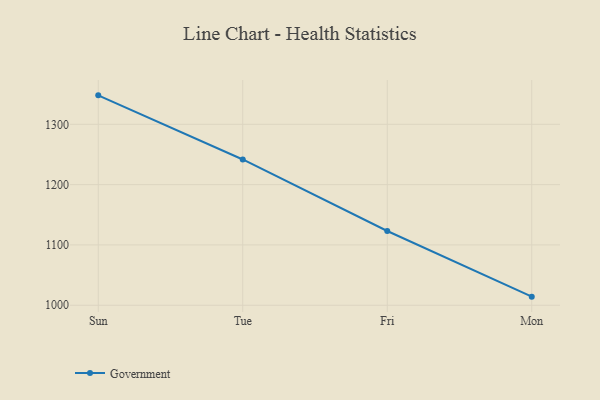
{"axis": {"x": "Day", "y": "Backlog"}, "legend": ["Government"], "data": [{"x": "Sun", "y": 1348.0, "type": "Government"}, {"x": "Tue", "y": 1241.7, "type": "Government"}, {"x": "Fri", "y": 1123.1, "type": "Government"}, {"x": "Mon", "y": 1014.3, "type": "Government"}]}